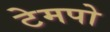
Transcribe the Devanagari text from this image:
टेमपो